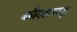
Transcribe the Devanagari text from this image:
कौलागढ़